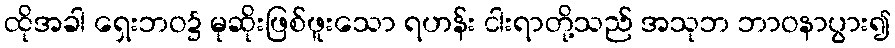
ထိုအခါ ရှေးဘဝ၌ မုဆိုးဖြစ်ဖူးသော ရဟန်း ငါးရာတို့သည် အသုဘ ဘာဝနာပွား၍